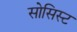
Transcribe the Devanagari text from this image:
सोसिस्ट